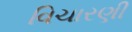
વિચારણી